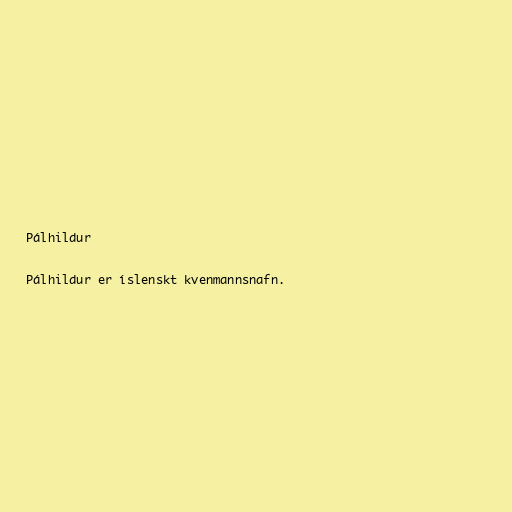
Pálhildur

Pálhildur er íslenskt kvenmannsnafn.